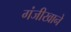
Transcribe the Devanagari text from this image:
गंजीखाने